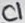
Text: C1